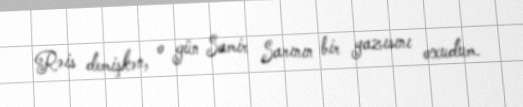
Rəis demişkən, o gün Samir Sarının bir yazısını oxudum.